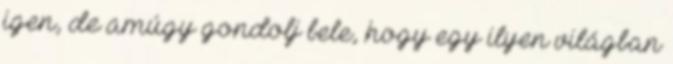
igen, de amúgy gondolj bele, hogy egy ilyen világban